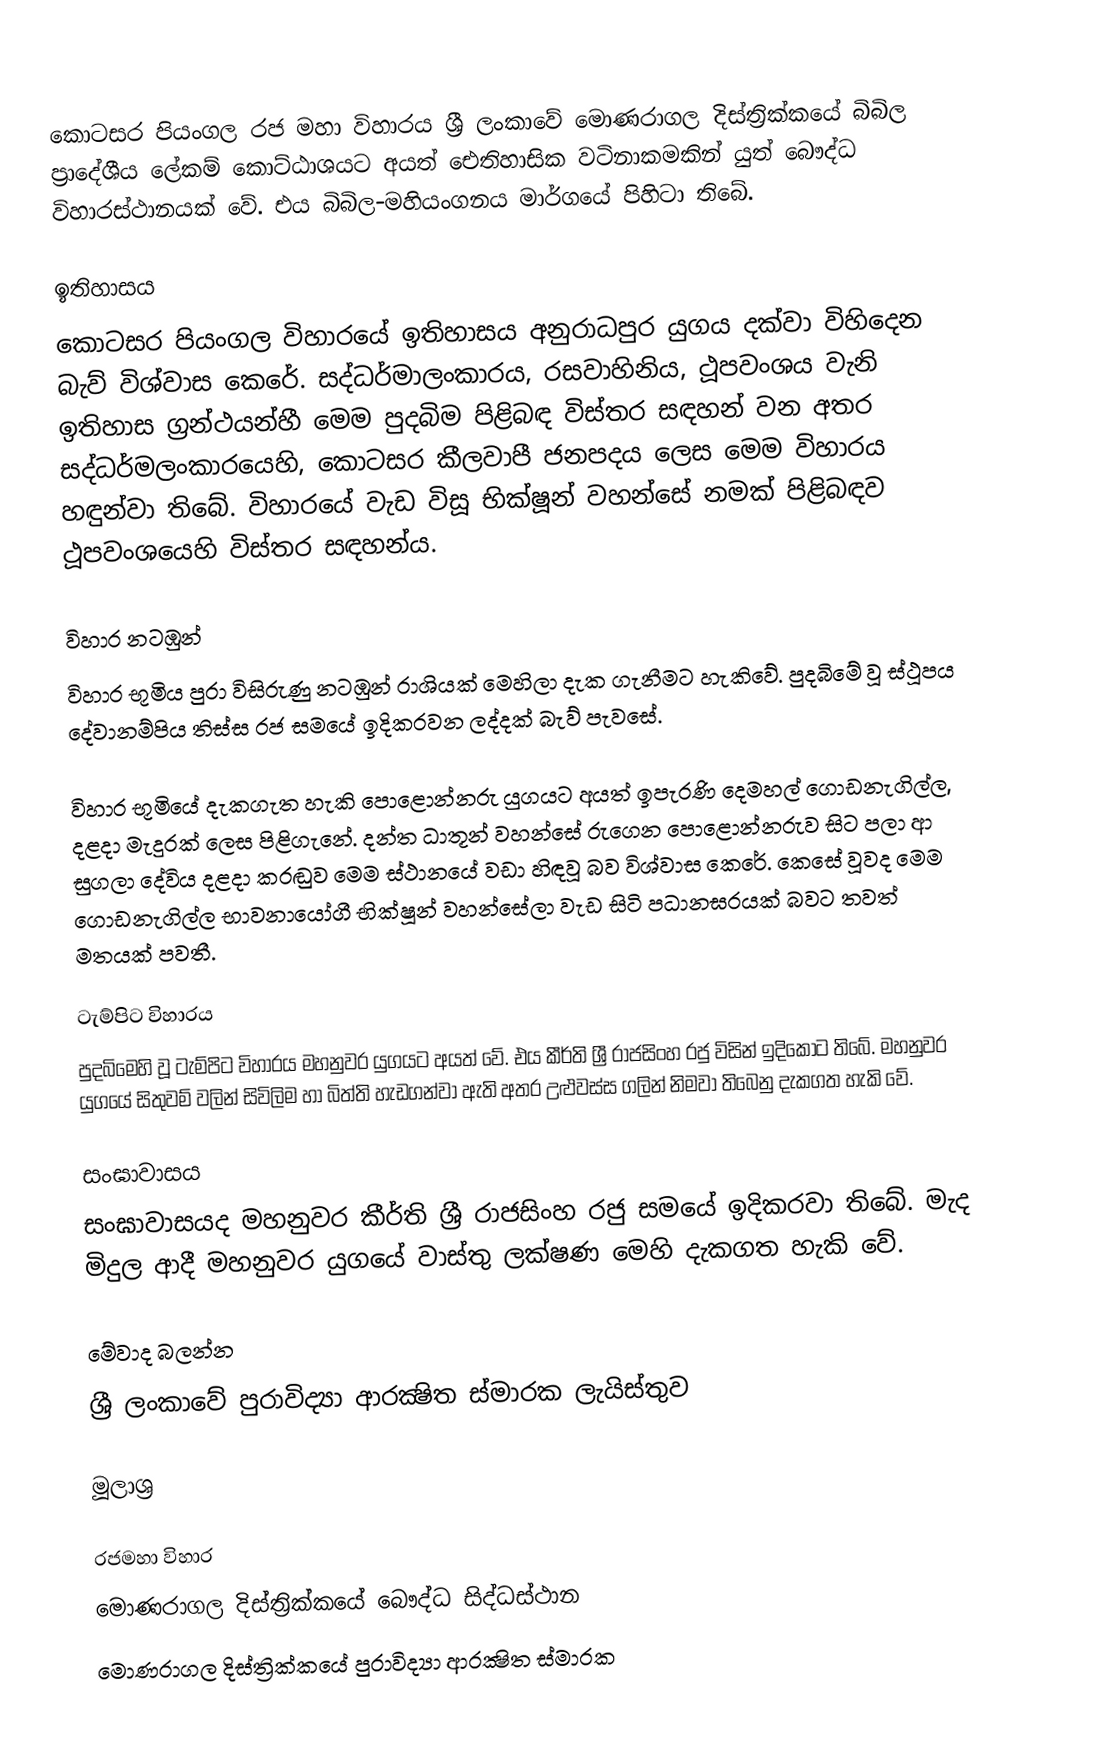
කොටසර පියංගල රජ මහා විහාරය ශ්‍රී ලංකාවේ මොණරාගල දිස්ත්‍රික්කයේ බිබිල ප්‍රාදේශීය ලේකම් කොට්ඨාශයට අයත් ඓතිහාසික වටිනාකමකින් යුත් බෞද්ධ විහාරස්ථානයක් වේ. එය බිබිල-මහියංගනය මාර්ගයේ පිහිටා තිබේ.

ඉතිහාසය
කොටසර පියංගල විහාරයේ ඉතිහාසය අනුරාධපුර යුගය දක්වා විහිදෙන බැව් විශ්වාස කෙරේ. සද්ධර්මාලංකාරය, රසවාහිනිය, ථූපවංශය වැනි ඉතිහාස ග්‍රන්ථයන්හී මෙම පුදබිම පිළිබඳ විස්තර සඳහන් වන අතර සද්ධර්මලංකාරයෙහි, කොටසර කීලවාපී ජනපදය ලෙස මෙම විහාරය හඳුන්වා තිබේ. විහාරයේ වැඩ විසූ භික්ෂූන් වහන්සේ නමක් පිළිබඳව ථූපවංශයෙහි විස්තර සඳහන්ය.

විහාර නටඹුන්
විහාර භූමිය පුරා විසිරුණු නටඹුන් රාශියක් මෙහිලා දැක ගැනීමට හැකිවේ. පුදබිමේ වූ ස්ථූපය දේවානම්පිය තිස්ස රජ සමයේ ඉදිකරවන ලද්දක් බැව් පැවසේ.

විහාර භූමියේ දැකගැත හැකි පොළොන්නරු යුගයට අයත් ඉපැරණි දෙමහල් ගොඩනැගිල්ල, දළදා මැදුරක් ලෙස පිළිගැනේ. දන්ත ධාතූන් වහන්සේ රුගෙන පොළොන්නරුව සිට පලා ආ සුගලා දේවිය දළදා කරඬුව මෙම ස්ථානයේ වඩා හිඳවූ බව විශ්වාස කෙරේ. කෙසේ වූවද මෙම ගොඩනැගිල්ල භාවනායෝගී භික්ෂූන් වහන්සේලා වැඩ සිටි පධානඝරයක් බවට තවත් මතයක් පවතී.

ටැම්පිට විහාරය
පුදබිමෙහි වූ ටැම්පිට විහාරය මහනුවර යුගයට අයත් වේ. එය කීර්ති ශ්‍රී රාජසිංහ රජු විසින් ඉදිකොට තිබේ. මහනුවර යුගයේ සිතුවම් වලින් සිවිලිම හා බිත්ති හැඩගන්වා ඇති අතර උළුවස්ස ගලින් නිමවා තිබෙනු දැකගත හැකි වේ.

සංඝාවාසය
සංඝාවාසයද මහනුවර කීර්ති ශ්‍රී රාජසිංහ රජු සමයේ ඉදිකරවා තිබේ. මැද මිදුල ආදී මහනුවර යුගයේ වාස්තු ලක්ෂණ මෙහි දැකගත හැකි වේ.

මේවාද බලන්න
ශ්‍රී ලංකාවේ පුරාවිද්‍යා ආරක්‍ෂිත ස්මාරක ලැයිස්තුව

මූලාශ්‍ර

රජමහා විහාර
මොණරාගල දිස්ත්‍රික්කයේ බෞද්ධ සිද්ධස්ථාන‎
මොණරාගල දිස්ත්‍රික්කයේ පුරාවිද්‍යා ආරක්‍ෂිත ස්මාරක